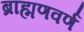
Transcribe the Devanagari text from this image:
ब्राह्मणवर्ण